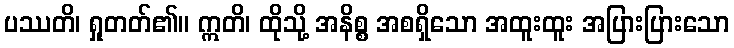
ပဿတိ၊ ရှုတတ်၏။ ဣတိ၊ ထိုသို့ အနိစ္စ အစရှိသော အထူးထူး အပြားပြားသော